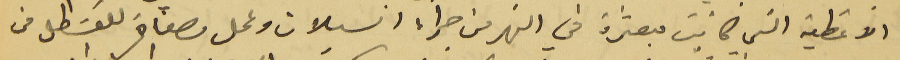
الاغطية التى كانت مبعثرة في النهر من جراء السيلان وعمل مصفاة للقسَطل من